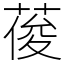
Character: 葰